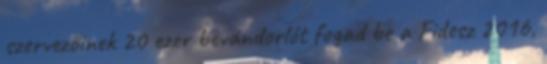
szervezőinek 20 ezer bevándorlót fogad be a Fidesz 2016,